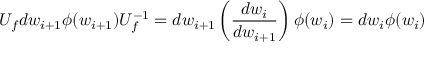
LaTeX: U _ { f } d w _ { i + 1 } \phi ( w _ { i + 1 } ) U _ { f } ^ { - 1 } = d w _ { i + 1 } \left( \frac { d w _ { i } } { d w _ { i + 1 } } \right) \phi ( w _ { i } ) = d w _ { i } \phi ( w _ { i } )